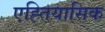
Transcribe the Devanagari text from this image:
एह्तियासिक